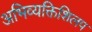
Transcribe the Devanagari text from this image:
अभिव्यक्तिशिलप